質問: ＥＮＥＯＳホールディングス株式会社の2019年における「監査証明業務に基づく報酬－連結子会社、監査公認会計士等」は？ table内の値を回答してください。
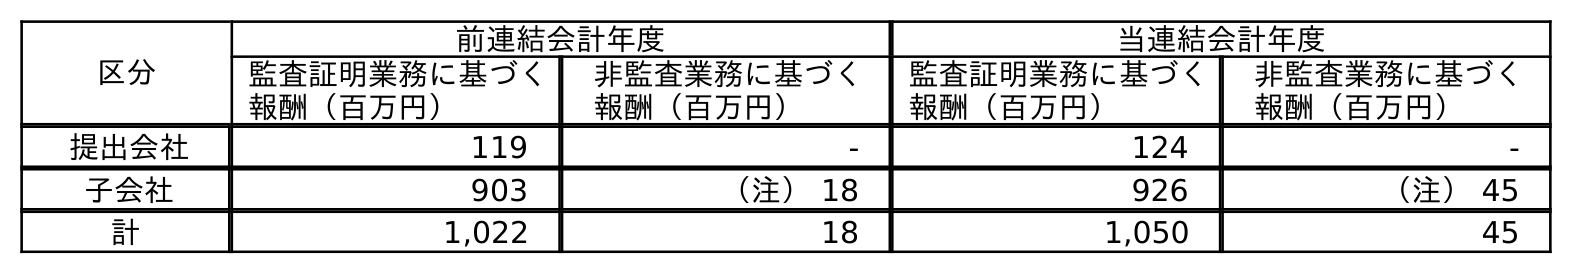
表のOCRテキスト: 区分 前連結会計年度 当連結会計年度 監査証明業務に基づく 報酬（百万円） 非監査業務に基づく 報酬（百万円） 監査証明業務に基づく 報酬（百万円） 非監査業務に基づく 報酬（百万円） 提出会社 119 - 124 - 子会社 903 （注） 18 926 （注） 45 計 1,022 18 1,050 45
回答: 903